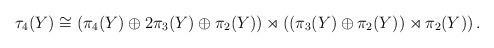
LaTeX: \begin{align*}\begin{aligned}\tau_4(Y) &\cong \left( \pi_4(Y) \oplus 2\pi_3(Y) \oplus \pi_2(Y)\right)\rtimes \left((\pi_3(Y)\oplus \pi_2(Y))\rtimes \pi_2(Y)\right).\end{aligned}\end{align*}